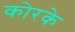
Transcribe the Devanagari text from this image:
कोरके